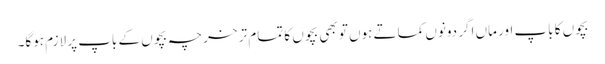
بچوں کا باپ اور ماں اگر دونوں کماتے ہوں تو بھی بچوں کا تمام تر خرچہ بچوں کے باپ پر لازم ہوگا۔